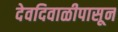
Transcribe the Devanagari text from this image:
देवदिवाळीपासून